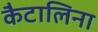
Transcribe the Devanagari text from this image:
कैटालिना